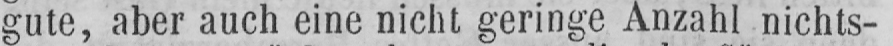
gute, aber auch eine nicht geringe Anzahl nichts-